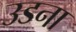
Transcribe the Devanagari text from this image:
उडना